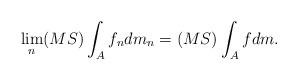
LaTeX: \begin{align*}\lim_n (MS)\int_{A} f_ndm_n = (MS)\int_{A} fdm.\end{align*}